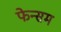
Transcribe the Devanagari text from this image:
फेन्सम